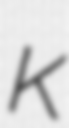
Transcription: K